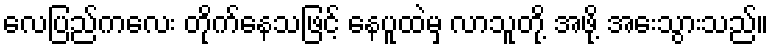
လေပြည်ကလေး တိုက်နေသဖြင့် နေပူထဲမှ လာသူတို့ အဖို့ အေးသွားသည်။